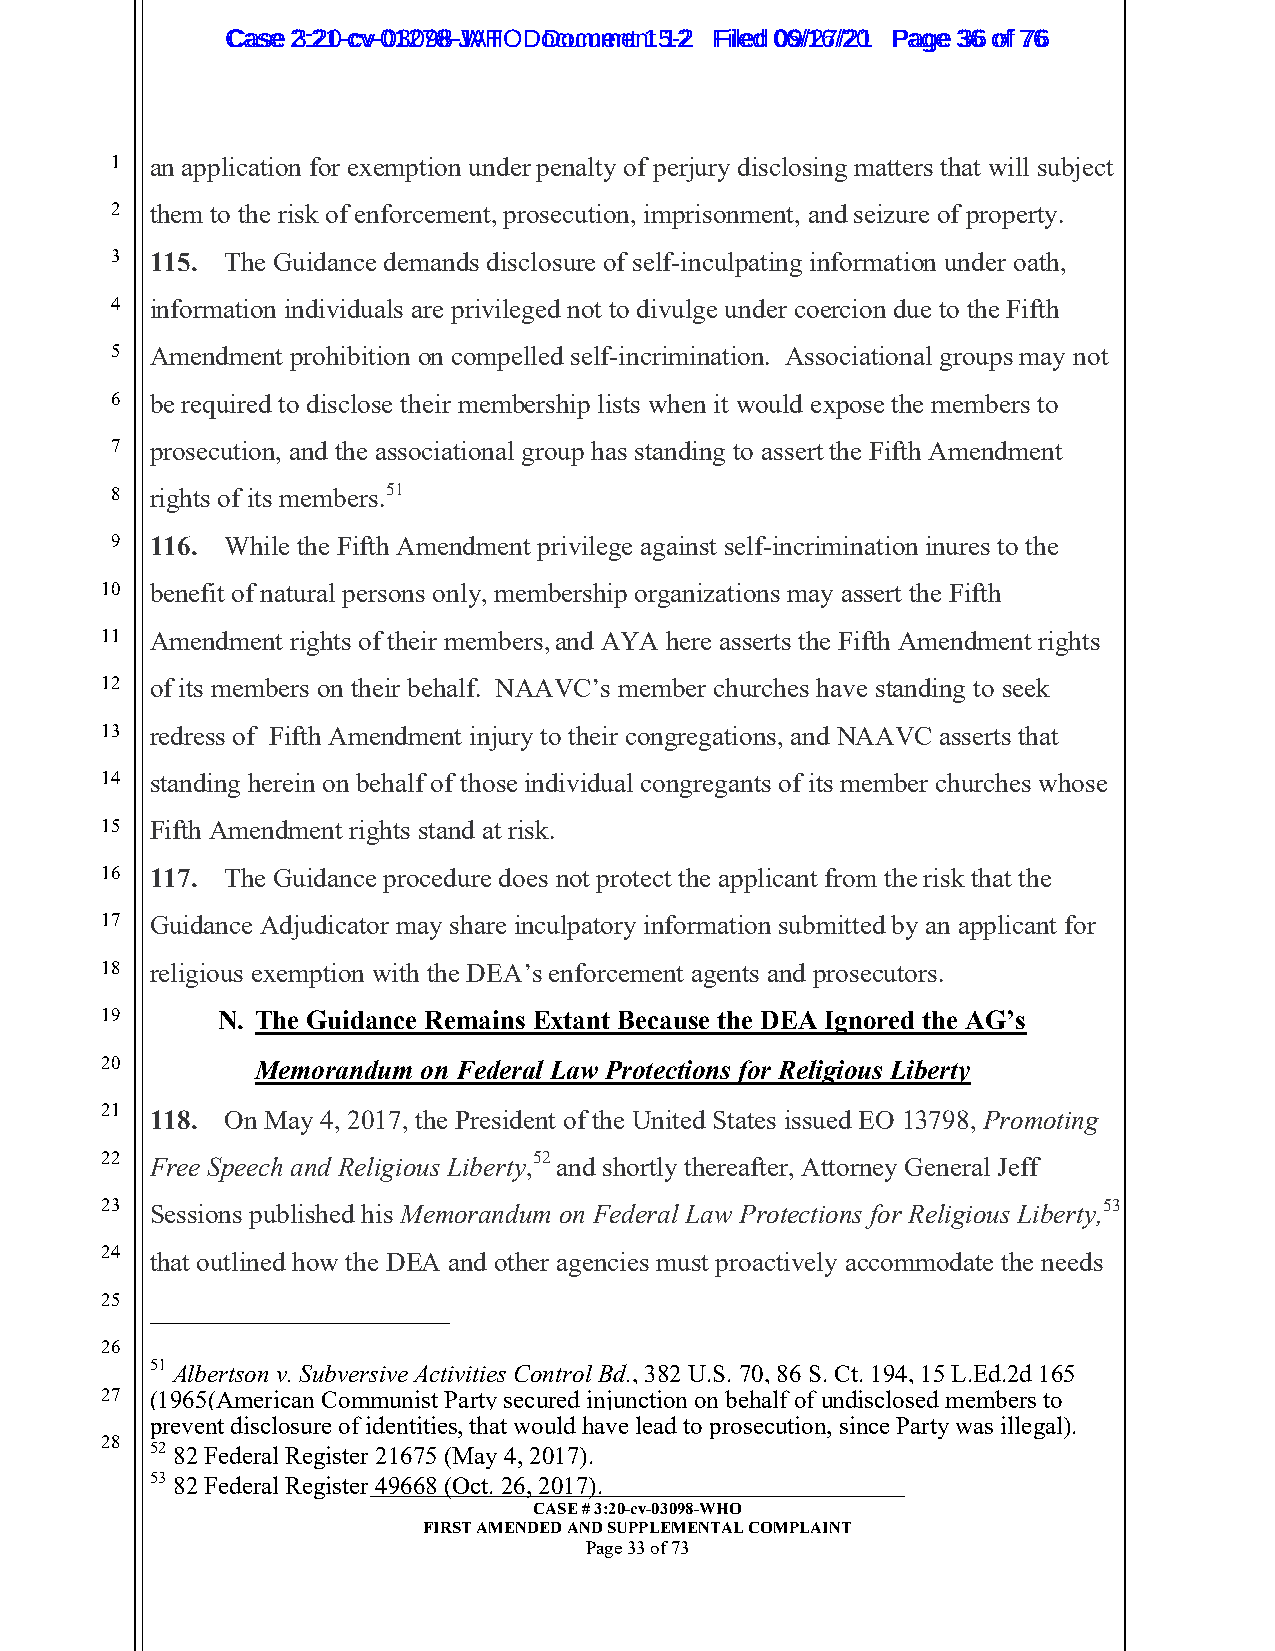
CCaassee 23::2210--ccvv--0013207988--JWAHT O D oDcoucmumenetn 1t 51-22 FFiilleedd 0069//1267//2201 PPaaggee 3366 ooff 7766
 1  an application for exemption under penalty of perjury disclosing matters that will subject
 2  them to the risk of enforcement, prosecution, imprisonment, and seizure of property.
 3  115. The Guidance demands disclosure of self-inculpating information under oath,
 4  information individuals are privileged not to divulge under coercion due to the Fifth
 5  Amendment prohibition on compelled self-incrimination. Associational groups may not
 6  be required to disclose their membership lists when it would expose the members to
 7  prosecution, and the associational group has standing to assert the Fifth Amendment
 8  rights of its members.51
 9  116. While the Fifth Amendment privilege against self-incrimination inures to the
 10 benefit of natural persons only, membership organizations may assert the Fifth
 11 Amendment rights of their members, and AYA here asserts the Fifth Amendment rights
 12 of its members on their behalf. NAAVC’s member churches have standing to seek
 13 redress of Fifth Amendment injury to their congregations, and NAAVC asserts that
 14 standing herein on behalf of those individual congregants of its member churches whose
 15 Fifth Amendment rights stand at risk.
 16 117. The Guidance procedure does not protect the applicant from the risk that the
 17 Guidance Adjudicator may share inculpatory information submitted by an applicant for
 18 religious exemption with the DEA’s enforcement agents and prosecutors.
 19     N. The Guidance Remains Extant Because the DEA Ignored the AG’s
 20        Memorandum on Federal Law Protections for Religious Liberty
 21 118. On May 4, 2017, the President of the United States issued EO 13798, Promoting
 22 Free Speech and Religious Liberty,52 and shortly thereafter, Attorney General Jeff
 23 Sessions published his Memorandum on Federal Law Protections for Religious Liberty,53
 24 that outlined how the DEA and other agencies must proactively accommodate the needs
 25
 26
 51 Albertson v. Subversive Activities Control Bd., 382 U.S. 70, 86 S. Ct. 194, 15 L.Ed.2d 165
 27 (1965(American Communist Party secured injunction on behalf of undisclosed members to
 prevent disclosure of identities, that would have lead to prosecution, since Party was illegal).
 28 52 82 Federal Register 21675 (May 4, 2017).
 53 82 Federal Register _4_9__6_6_8__ (_O__c_t_._ 2__6_,_ 2__0_1_7__)_. ________________________________
 CASE # 3:20-cv-03098-WHO
 FIRST AMENDED AND SUPPLEMENTAL COMPLAINT
 Page 33 of 73